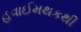
હવાઈમથકથી